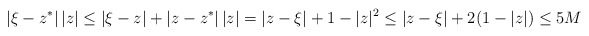
\begin{align*}|\xi-z^*| \, |z| \leq |\xi-z| + |z-z^*| \, |z| = |z-\xi| + 1-|z|^2 \leq |z-\xi| + 2(1-|z|) \leq 5M\end{align*}